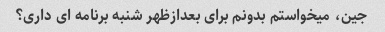
جین، میخواستم بدونم برای بعدازظهر شنبه برنامه ای داری؟